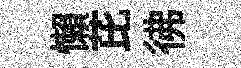
懶芘彿